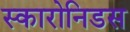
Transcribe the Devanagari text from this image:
स्कारोनिडस